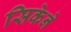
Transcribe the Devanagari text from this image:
सिकेने